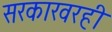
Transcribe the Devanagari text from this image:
सरकारवरही